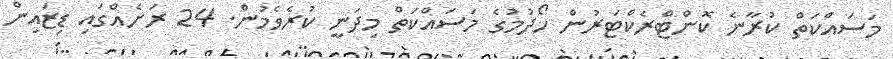
މަސައްކަތް ކުރާނެ ކޮންޓްރެކްޓަރުން ހޯދުމުގެ މަސައްކަތް މިދަނީ ކުރެވެމުން. 24 ރަށެއްގައި ޑިޒައިން